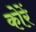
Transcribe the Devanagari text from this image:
कोरें